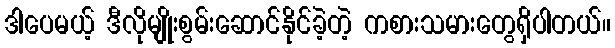
ဒါပေမယ့် ဒီလိုမျိုးစွမ်းဆောင်နိုင်ခဲ့တဲ့ ကစားသမားတွေရှိပါတယ်။